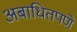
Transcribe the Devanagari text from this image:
अबाधितपणे